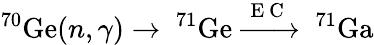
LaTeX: ^{70}\mathrm{Ge}(n,\gamma)\rightarrow\ ^{71}\mathrm{Ge}\xrightarrow{\mathrm{~E~C~}}\ ^{71}\mathrm{Ga}